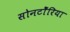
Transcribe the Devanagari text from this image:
सोनटोँरिया